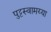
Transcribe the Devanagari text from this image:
पुट्टस्वामय्या